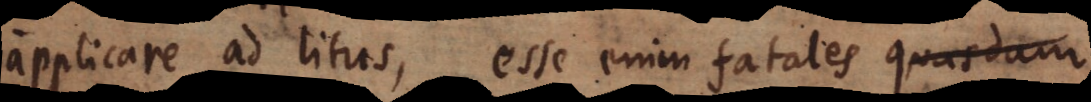
applicare ad litus, esse enim fatales